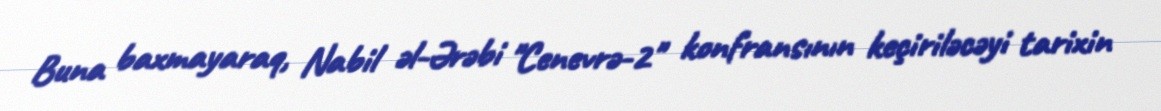
Buna baxmayaraq, Nabil əl-Ərəbi "Cenevrə-2" konfransının keçiriləcəyi tarixin